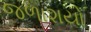
જળાશયો